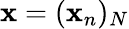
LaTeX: \mathbf{x}=(\mathbf{x}_{n})_{N}